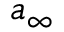
a _ { \infty }